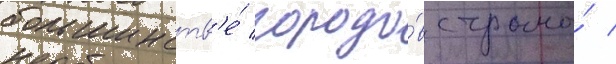
большинств'е́ городо́в страны́ /